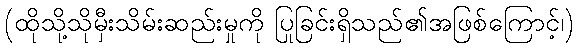
(ထိုသို့သိုမှီးသိမ်းဆည်းမှုကို ပြုခြင်းရှိသည်၏အဖြစ်ကြောင့်၊)